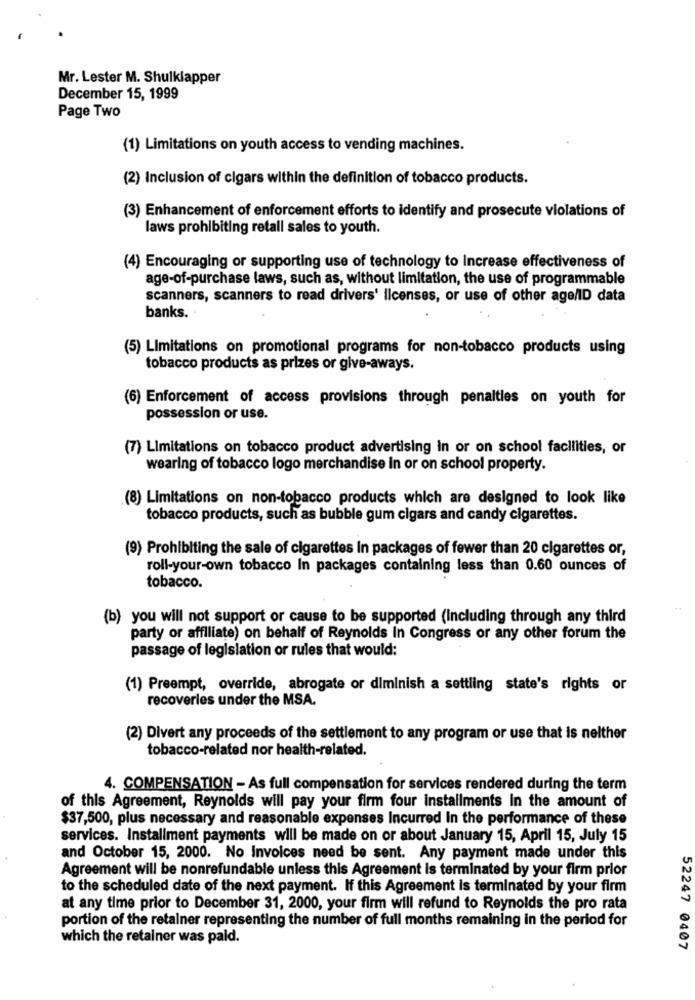
Mr. Lester M. Shulklapper
December 15, 1999
Page Two
(1) Limitations on youth access to vending machines.
(2) Inclusion of cigars within the definition of tobacco products.
(3) Enhancement of enforcement efforts to identify and prosecute violations of
laws prohibiting retall sales to youth.
(4) Encouraging or supporting use of technology to Increase effectiveness of
age-of-purchase laws, such as, without limitation, the use of programmable
scanners, scanners to read drivers' licenses, or use of other age/ID data
banks.
(5) Limitations on promotional programs for non-tobacco products using
tobacco products as prizes or give-aways.
(6) Enforcement of access provisions through penalties on youth for
possession or use.
(7) Limitations on tobacco product advertising in or on school facilities, or
wearing of tobacco logo merchandise in or on school property.
(8) Limitations on non-tobacco products which are designed to look like
tobacco products, such as bubble gum cigars and candy cigarettes.
(9) Prohibiting the sale of cigarettes In packages of fewer than 20 cigarettes or,
roll-your-own tobacco In packages containing less than 0.60 ounces of
tobacco.
(b) you will not support or cause to be supported (including through any third
party or affiliate) on behalf of Reynolds In Congress or any other forum the
passage of legislation or rules that would:
(1) Preempt, override, abrogate or diminish a settling state's rights or
recoverles under the MSA.
(2) Divert any proceeds of the settlement to any program or use that is nelther
tobacco-related nor health-related.
4. COMPENSATION - As full compensation for services rendered during the term
of this Agreement, Reynolds will pay your firm four installments In the amount of
$37,500, plus necessary and reasonable expenses Incurred In the performance of these
services. Installment payments will be made on or about January 15, April 15, July 15
and October 15, 2000. No Invoices need be sent. Any payment made under this
Agreement will be nonrefundable unless this Agreement is terminated by your firm prior
to the scheduled date of the next payment. If this Agreement is terminated by your firm
at any time prior to December 31, 2000, your firm will refund to Reynolds the pro rata
portion of the retainer representing the number of full months remaining in the period for
which the retainer was pald.
52247 0407